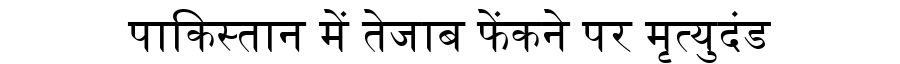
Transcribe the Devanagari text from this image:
पाकिस्तान में तेजाब फेंकने पर मृत्युदंड